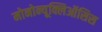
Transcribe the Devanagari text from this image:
मोनोन्यूक्लिऑसिस